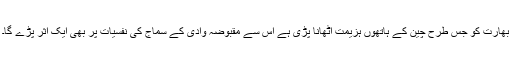
بھارت کو جس طرح چین کے ہاتھوں ہزیمت اٹھانا پڑی ہے اس سے مقبوضہ وادی کے سماج کی نفسیات پر بھی ایک اثر پڑے گا۔